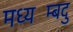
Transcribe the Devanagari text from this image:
मध्यम्बिंदु